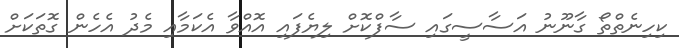
ކިހިނެތްތޯ ގާނޫނު އަސާސީގައި ސާފްކޮށް ލިޔެފައި އޮއްވާ އެކަމާއި މެދު އެހެން ގޮތަކަށް